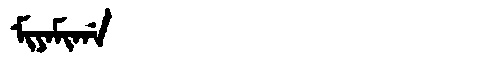
Manchu: ᠮᡳᠶᠠᠮᡳᡤᠠ
Romanization: MIYAMIGA